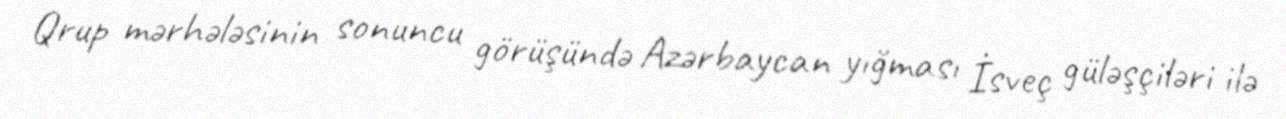
Qrup mərhələsinin sonuncu görüşündə Azərbaycan yığması İsveç güləşçiləri ilə